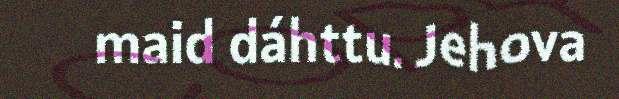
maid dáhttu. Jehova